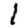
Digit: 1